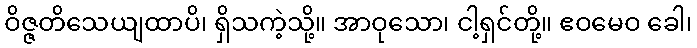
ဝိဇ္ဇတိသေယျထာပိ၊ ရှိသကဲ့သို့။ အာဝုသော၊ ငါ့ရှင်တို့။ ဧဝမေဝ ခေါ၊